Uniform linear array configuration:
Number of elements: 64
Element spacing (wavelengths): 1
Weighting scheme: blackman
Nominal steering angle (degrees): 0
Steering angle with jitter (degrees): -0.7745
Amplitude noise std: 0.05
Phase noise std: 0.05

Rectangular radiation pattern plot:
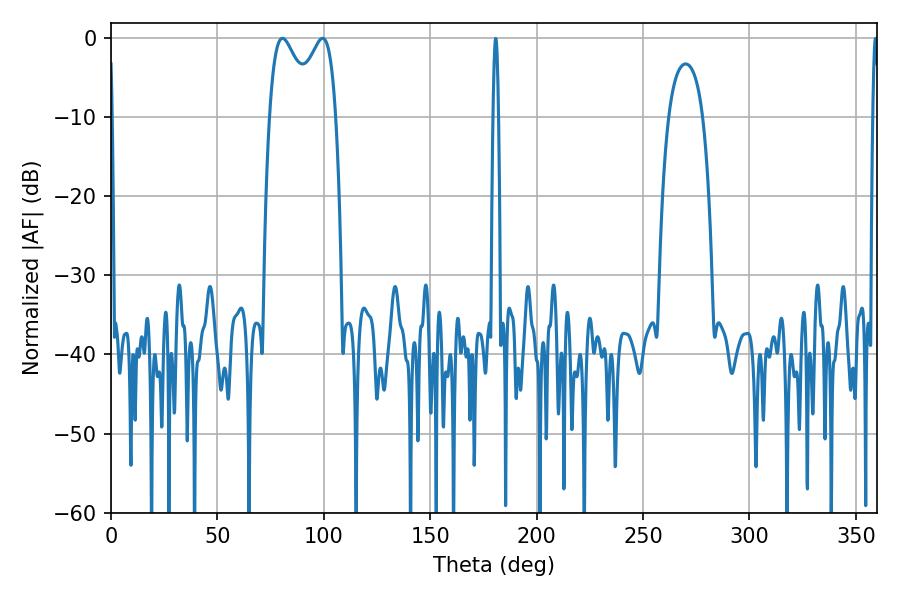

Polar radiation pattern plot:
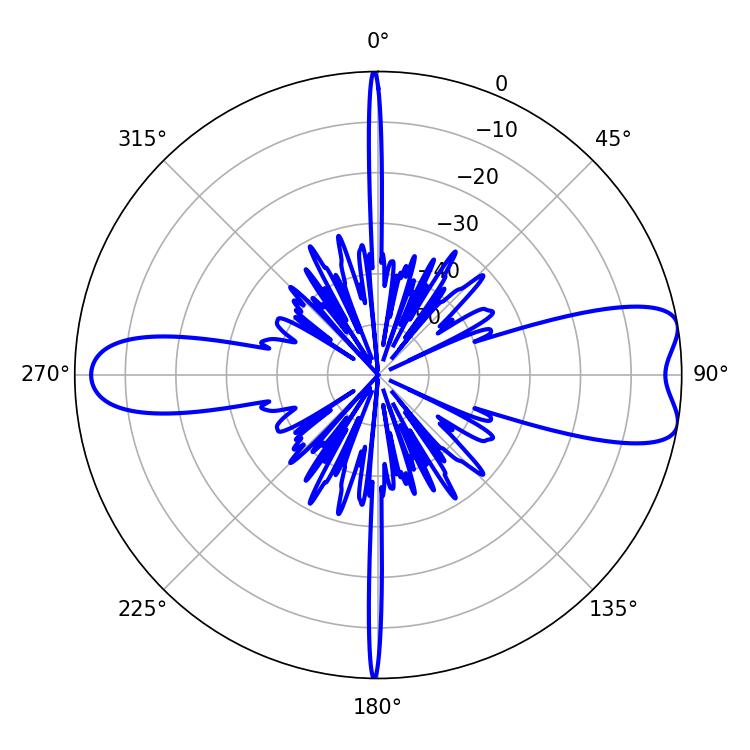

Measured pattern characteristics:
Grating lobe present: TRUE
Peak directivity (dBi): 8.803
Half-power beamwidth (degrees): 11.34
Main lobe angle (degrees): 80.64